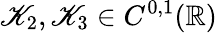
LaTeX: \mathscr{K}_{2},\mathscr{K}_{3}\in C^{0,1}(\mathbb{R})